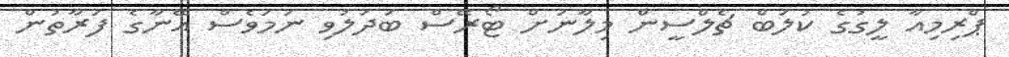
ޕްރިމިއާ ލީގުގެ ކުލަބް ޗެލްސީން މިލާނަށް ޓޯރޭސް ބަދަލުވި ނަމަވެސް އޭނާގެ ފަރާތުން